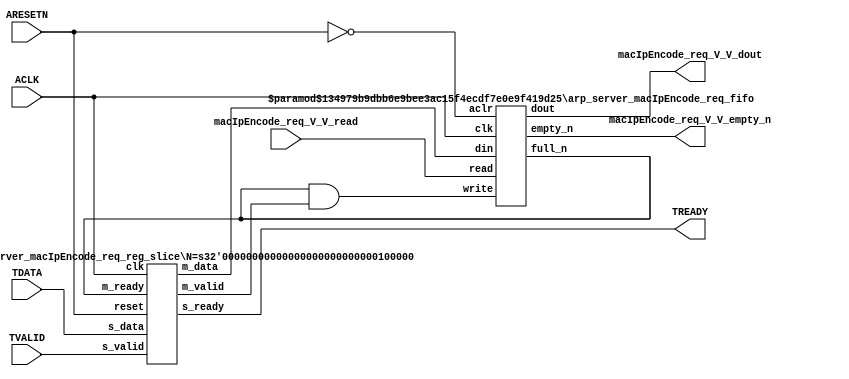
// ==============================================================
// File generated by Vivado(TM) HLS - High-Level Synthesis from C, C++ and SystemC
// Version: 2015.1
// Copyright (C) 2015 Xilinx Inc. All rights reserved.
// 
// ==============================================================


`timescale 1ns/1ps

module arp_server_macIpEncode_req_if (
    // AXI4-Stream singals
    input  wire        ACLK,
    input  wire        ARESETN,
    input  wire        TVALID,
    output wire        TREADY,
    input  wire [31:0] TDATA,
    // User signals
    output wire [31:0] macIpEncode_req_V_V_dout,
    output wire        macIpEncode_req_V_V_empty_n,
    input  wire        macIpEncode_req_V_V_read
);
//------------------------Local signal-------------------
// FIFO
wire [0:0]  fifo_write;
wire [0:0]  fifo_full_n;
wire [31:0] macIpEncode_req_V_V_din;
wire [0:0]  macIpEncode_req_V_V_full_n;
// register slice
wire [0:0]  s_valid;
wire [0:0]  s_ready;
wire [31:0] s_data;
wire [0:0]  m_valid;
wire [0:0]  m_ready;
wire [31:0] m_data;

//------------------------Instantiation------------------
// rs
arp_server_macIpEncode_req_reg_slice #(
    .N       ( 32 )
) rs (
    .clk     ( ACLK ),
    .reset   ( ARESETN ),
    .s_data  ( s_data ),
    .s_valid ( s_valid ),
    .s_ready ( s_ready ),
    .m_data  ( m_data ),
    .m_valid ( m_valid ),
    .m_ready ( m_ready )
);

// macIpEncode_req_V_V_fifo
arp_server_macIpEncode_req_fifo #(
    .DATA_BITS  ( 32 ),
    .DEPTH_BITS ( 4 )
) macIpEncode_req_V_V_fifo (
    .clk        ( ACLK ),
    .aclr       ( ~ARESETN ),
    .empty_n    ( macIpEncode_req_V_V_empty_n ),
    .full_n     ( macIpEncode_req_V_V_full_n ),
    .read       ( macIpEncode_req_V_V_read ),
    .write      ( fifo_write ),
    .dout       ( macIpEncode_req_V_V_dout ),
    .din        ( macIpEncode_req_V_V_din )
);

//------------------------Body---------------------------
//++++++++++++++++++++++++AXI4-Stream++++++++++++++++++++
assign TREADY = s_ready;

//+++++++++++++++++++++++++++++++++++++++++++++++++++++++

//++++++++++++++++++++++++Reigister Slice++++++++++++++++
assign s_valid = TVALID;
assign m_ready = fifo_full_n;
assign s_data  = {TDATA[31:0]};

//+++++++++++++++++++++++++++++++++++++++++++++++++++++++

//++++++++++++++++++++++++FIFO+++++++++++++++++++++++++++
assign fifo_write              = fifo_full_n & m_valid;
assign macIpEncode_req_V_V_din = m_data[31:0];
assign fifo_full_n             = macIpEncode_req_V_V_full_n;

//+++++++++++++++++++++++++++++++++++++++++++++++++++++++

endmodule



`timescale 1ns/1ps

module arp_server_macIpEncode_req_fifo
#(parameter
    DATA_BITS  = 8,
    DEPTH_BITS = 4
)(
    input  wire                 clk,
    input  wire                 aclr,
    output wire                 empty_n,
    output wire                 full_n,
    input  wire                 read,
    input  wire                 write,
    output wire [DATA_BITS-1:0] dout,
    input  wire [DATA_BITS-1:0] din
);
//------------------------Parameter----------------------
localparam
    DEPTH = 1 << DEPTH_BITS;
//------------------------Local signal-------------------
reg                   empty;
reg                   full;
reg  [DEPTH_BITS-1:0] index;
reg  [DATA_BITS-1:0]  mem[0:DEPTH-1];
//------------------------Body---------------------------
assign empty_n = ~empty;
assign full_n  = ~full;
assign dout    = mem[index];

// empty
always @(posedge clk or posedge aclr) begin
    if (aclr)
        empty <= 1'b1;
    else if (empty & write & ~read)
        empty <= 1'b0;
    else if (~empty & ~write & read & (index==1'b0))
        empty <= 1'b1;
end

// full
always @(posedge clk or posedge aclr) begin
    if (aclr)
        full <= 1'b0;
    else if (full & read & ~write)
        full <= 1'b0;
    else if (~full & ~read & write & (index==DEPTH-2'd2))
        full <= 1'b1;
end

// index
always @(posedge clk or posedge aclr) begin
    if (aclr)
        index <= {DEPTH_BITS{1'b1}};
    else if (~empty & ~write & read)
        index <= index - 1'b1;
    else if (~full & ~read & write)
        index <= index + 1'b1;
end

// mem
always @(posedge clk) begin
    if (~full & write) mem[0] <= din;
end

genvar i;
generate
    for (i = 1; i < DEPTH; i = i + 1) begin : gen_sr
        always @(posedge clk) begin
            if (~full & write) mem[i] <= mem[i-1];
        end
    end
endgenerate

endmodule

`timescale 1ns/1ps

module arp_server_macIpEncode_req_reg_slice
#(parameter
    N = 8   // data width
) (
    // system signals
    input  wire         clk,
    input  wire         reset,
    // slave side
    input  wire [N-1:0] s_data,
    input  wire         s_valid,
    output wire         s_ready,
    // master side
    output wire [N-1:0] m_data,
    output wire         m_valid,
    input  wire         m_ready
);
//------------------------Parameter----------------------
// state
localparam [1:0]
    ZERO = 2'b10,
    ONE  = 2'b11,
    TWO  = 2'b01;
//------------------------Local signal-------------------
reg  [N-1:0] data_p1;
reg  [N-1:0] data_p2;
wire         load_p1;
wire         load_p2;
wire         load_p1_from_p2;
reg          s_ready_t;
reg  [1:0]   state;
reg  [1:0]   next;
//------------------------Body---------------------------
assign s_ready = s_ready_t;
assign m_data  = data_p1;
assign m_valid = state[0];

assign load_p1 = (state == ZERO && s_valid) ||
                 (state == ONE && s_valid && m_ready) ||
                 (state == TWO && m_ready);
assign load_p2 = s_valid & s_ready;
assign load_p1_from_p2 = (state == TWO);

// data_p1
always @(posedge clk) begin
    if (load_p1) begin
        if (load_p1_from_p2)
            data_p1 <= data_p2;
        else
            data_p1 <= s_data;
    end
end

// data_p2
always @(posedge clk) begin
    if (load_p2) data_p2 <= s_data;
end

// s_ready_t
always @(posedge clk) begin
    if (~reset)
        s_ready_t <= 1'b0;
    else if (state == ZERO)
        s_ready_t <= 1'b1;
    else if (state == ONE && next == TWO)
        s_ready_t <= 1'b0;
    else if (state == TWO && next == ONE)
        s_ready_t <= 1'b1;
end

// state
always @(posedge clk) begin
    if (~reset)
        state <= ZERO;
    else
        state <= next;
end

// next
always @(*) begin
    case (state)
        ZERO:
            if (s_valid & s_ready)
                next = ONE;
            else
                next = ZERO;
        ONE:
            if (~s_valid & m_ready)
                next = ZERO;
            else if (s_valid & ~m_ready)
                next = TWO;
            else
                next = ONE;
        TWO:
            if (m_ready)
                next = ONE;
            else
                next = TWO;
        default:
            next = ZERO;
    endcase
end

endmodule